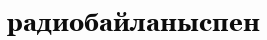
радиобайланыспен